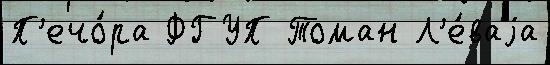
П'ечо́ра ФГУП Томан Л'е́ваjа